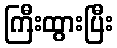
ကြီးထွားပြီး